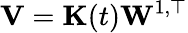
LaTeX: \mathbf{V}=\mathbf{K}(t)\mathbf{W}^{1,\top}